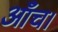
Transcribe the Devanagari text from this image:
आँच।